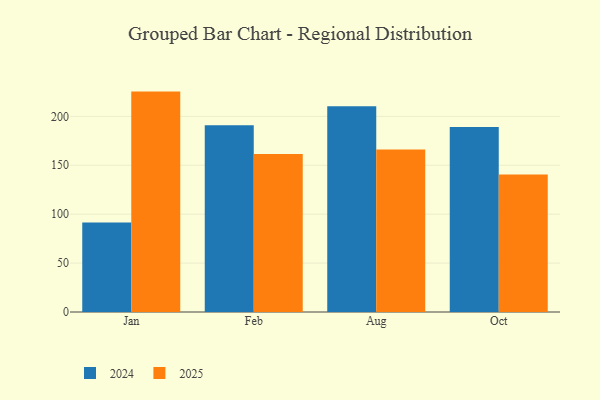
{"axis": {"x": "Month", "y": "Operating Costs (USD K)"}, "legend": ["2024", "2025"], "data": [{"x": "Jan", "y": 225.3, "type": "2025"}, {"x": "Jan", "y": 91.5, "type": "2024"}, {"x": "Feb", "y": 161.5, "type": "2025"}, {"x": "Feb", "y": 191.0, "type": "2024"}, {"x": "Aug", "y": 166.0, "type": "2025"}, {"x": "Aug", "y": 210.4, "type": "2024"}, {"x": "Oct", "y": 140.6, "type": "2025"}, {"x": "Oct", "y": 189.2, "type": "2024"}]}